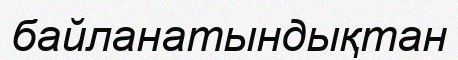
байланатындықтан